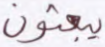
يبعثون